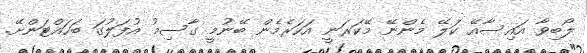
ލޯބިވާ އައިސާއޭ ކަލޭ މެންނޭ މޭކަރަނީ އަހަރެމެން ބޭނުމީ ގާސިމު އުފަލުގަ ބަހައްޓަންށޭ.